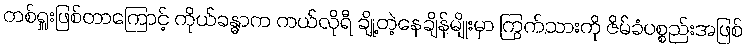
တစ်ရှူးဖြစ်တာကြောင့် ကိုယ်ခန္ဓာက ကယ်လိုရီ ချို့တဲ့နေချိန်မျိုးမှာ ကြွက်သားကို ဇိမ်ခံပစ္စည်းအဖြစ်